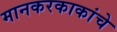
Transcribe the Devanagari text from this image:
मानकरकाकांचे